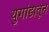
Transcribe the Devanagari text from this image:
युगांडातून